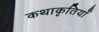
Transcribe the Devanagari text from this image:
कथाकृतियाँ